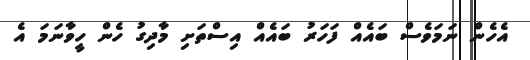
އެހެން ނަމަވެސް ބައެއް ފަހަރު ބައެއް އިސްތަށި މާދިގު ހެން ހީވާނަމަ އެ